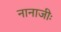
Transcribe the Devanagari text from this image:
नानाजीः